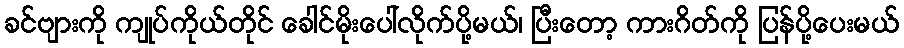
ခင်ဗျားကို ကျုပ်ကိုယ်တိုင် ခေါင်မိုးပေါ်လိုက်ပို့မယ်၊ ပြီးတော့ ကားဂိတ်ကို ပြန်ပို့ပေးမယ်